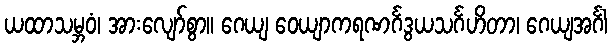
ယထာသမ္ဘဝံ၊ အားလျော်စွာ။ ဂေယျ ဝေယျာကရဏင်္ဂဒွယသင်္ဂဟိတာ၊ ဂေယျအင်္ဂါ